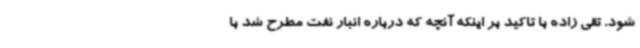
شود. تقی زاده با تاکید بر اینکه آنچه که درباره انبار نفت مطرح شد با